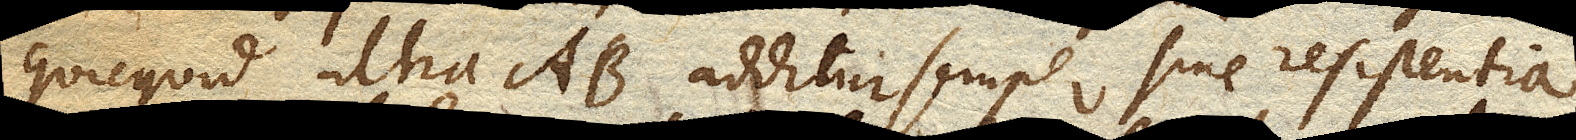
quicquid ultra ab. additur semper sine resistentia